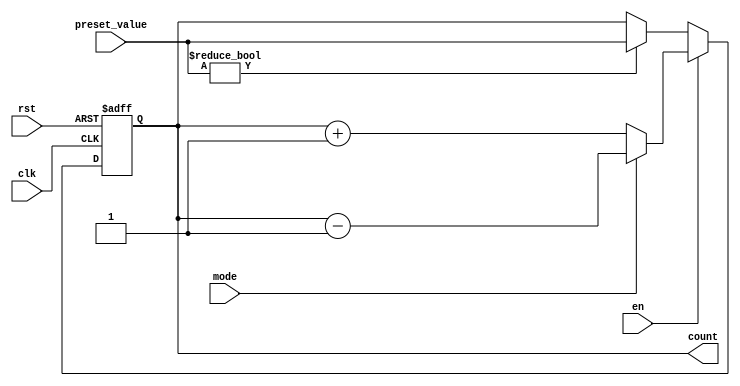
module Counter (
    input wire clk,
    input wire rst,
    input wire en,
    input wire mode,
    input wire [7:0] preset_value,
    output reg [7:0] count
);

always @ (posedge clk or posedge rst)
begin
    if (rst)
        count <= 8'h00;
    else if (en)
    begin
        if (mode)
            count <= count - 1;
        else
            count <= count + 1;
    end
    else if (preset_value != 8'h00)
        count <= preset_value;
end

endmodule